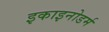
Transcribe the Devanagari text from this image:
इकाइनोडर्म